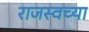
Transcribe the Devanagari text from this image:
राजस्वच्या